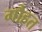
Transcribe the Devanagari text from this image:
गौहत